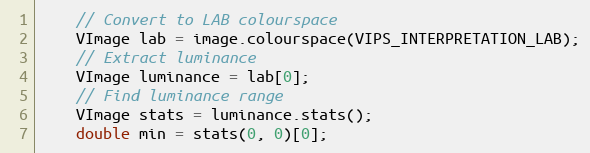
Language: C++
    // Convert to LAB colourspace
    VImage lab = image.colourspace(VIPS_INTERPRETATION_LAB);
    // Extract luminance
    VImage luminance = lab[0];
    // Find luminance range
    VImage stats = luminance.stats();
    double min = stats(0, 0)[0];